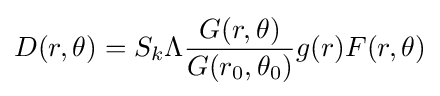
D(r,\theta )=S_{k}\Lambda {\frac {G(r,\theta )}{G(r_{0},\theta _{0})}}g(r)F(r,\theta )